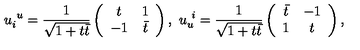
u _ { i } ^ { \ u } = \frac { 1 } { \sqrt { 1 + t \bar { t } } } \left( \begin{array} { c c } { t } & { 1 } \\ { - 1 } & { \bar { t } } \\ \end{array} \right) , \ u _ { u } ^ { \ i } = \frac { 1 } { \sqrt { 1 + t \bar { t } } } \left( \begin{array} { c c } { \bar { t } } & { - 1 } \\ { 1 } & { t } \\ \end{array} \right) ,